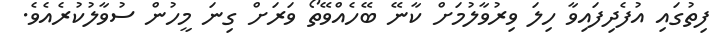
ފިތުގައި އުފެދިފައިވާ ހިލަ ވިރުވާލުމަށް ކާނޭ ބޭހެއްވޭތޯ ވަަރަށް ގިނަ މީހުން ސުވާލުކުރެއެވެ.